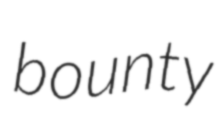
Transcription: bounty